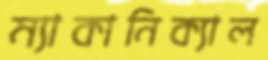
ম্যাকানিক্যাল